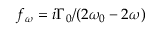
f _ { \omega } = { { i { \Gamma _ { 0 } } } } / { { ( 2 { \omega _ { 0 } } - 2 \omega ) } }